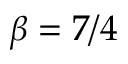
\beta = 7 / 4